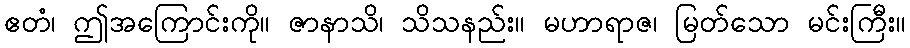
ဧတံ၊ ဤအကြောင်းကို။ ဇာနာသိ၊ သိသနည်း။ မဟာရာဇ၊ မြတ်သော မင်းကြီး။